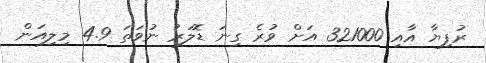
ރުފިޔާ އާއި 321000 އަށް ވުރެ ގިނަ ޑޮލަރު ނުވަތަ 4.9 މިލިއަން